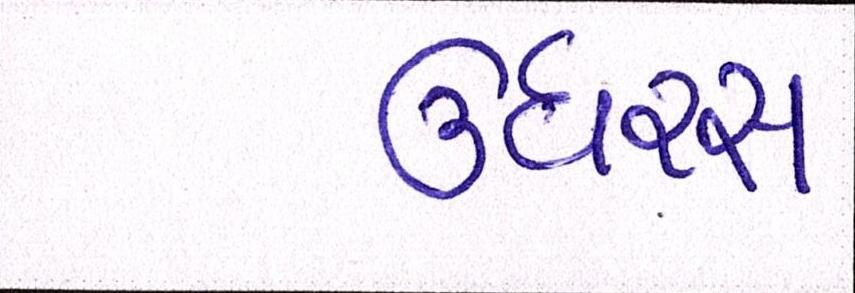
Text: ઉઘરસ